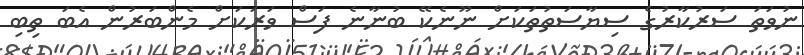
ނުވަތަ ސަރުކާރުގެ ސިޔާސަތުތަކަށް ނޫނެކޭ ބުނާނެ ފަސް ވަރަކަށް މެންބަރުން އެބަ ތިބި